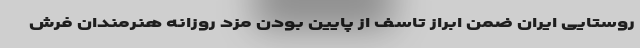
روستایی ایران ضمن ابراز تاسف از پایین بودن مزد روزانه هنرمندان فرش